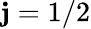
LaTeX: \mathbf{j}=1/2